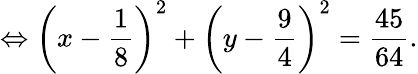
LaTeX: \Leftrightarrow\left(x-{\frac{1}{8}}\right)^{2}+\left(y-{\frac{9}{4}}\right)^{2}={\frac{45}{64}}.